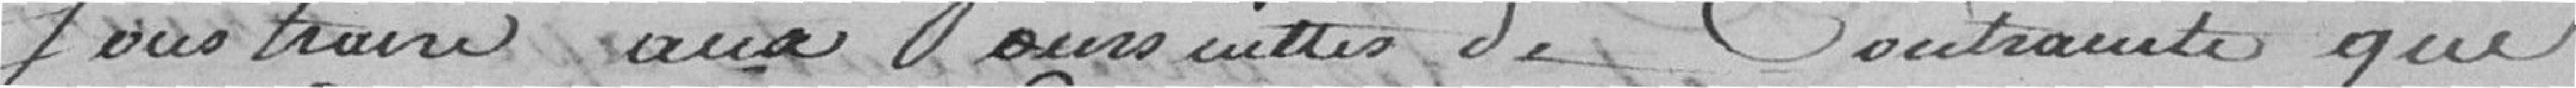
soustraire aux poursuites de contrainte que